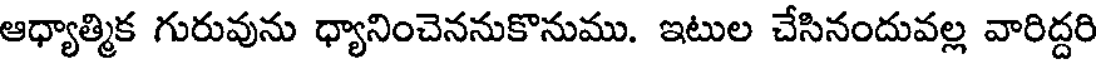
ఆధ్యాత్మిక గురువును ధ్యానించెననుకొనుము. ఇటుల చేసినందువల్ల వారిద్దరి